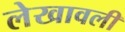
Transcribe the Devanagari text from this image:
लेखावली